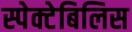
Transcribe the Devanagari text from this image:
स्पेक्टेबिलिस